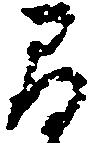
間